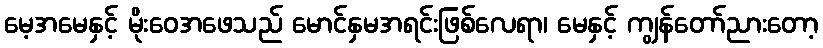
မေ့အမေနှင့် မိုးဝေအဖေသည် မောင်နှမအရင်းဖြစ်လေရာ၊ မေနှင့် ကျွန်တော်ညားတော့